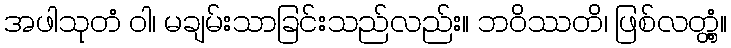
အဖါသုတံ ဝါ၊ မချမ်းသာခြင်းသည်လည်း။ ဘဝိဿတိ၊ ဖြစ်လတ္တံ့။